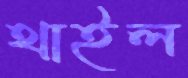
থাইল